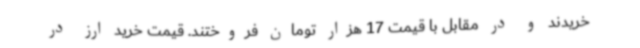
خریدند و در مقابل با قیمت 17 هزار تومان فروختند. قیمت خرید ارز در